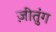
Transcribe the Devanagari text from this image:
ज़ीतुंग